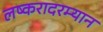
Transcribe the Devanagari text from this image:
लष्करादरम्यान